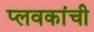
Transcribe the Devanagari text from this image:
प्लवकांची